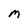
Character: M